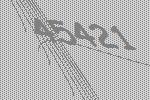
45421